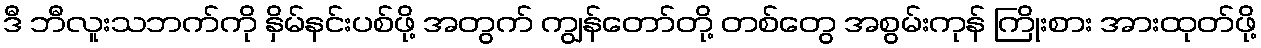
ဒီ ဘီလူးသဘက်ကို နှိမ်နင်းပစ်ဖို့ အတွက် ကျွန်တော်တို့ တစ်တွေ အစွမ်းကုန် ကြိုးစား အားထုတ်ဖို့